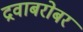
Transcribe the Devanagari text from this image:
द्रवाबरोबर